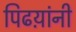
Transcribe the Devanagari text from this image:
पिढय़ांनी